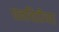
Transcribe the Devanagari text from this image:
धनचिडीच्या